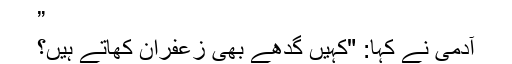
”
آدمی نے کہا: "کہیں گدھے بھی زعفران کھاتے ہیں؟